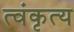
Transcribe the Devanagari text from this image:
त्वंकृत्य